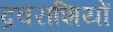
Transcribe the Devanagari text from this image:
द्रवराशियों